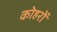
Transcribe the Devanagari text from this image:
कोहरों